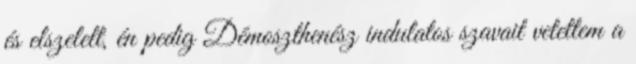
és elszelelt, én pedig Démoszthenész indulatos szavait vetettem a